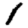
Digit: 1